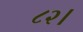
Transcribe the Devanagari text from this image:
८२।